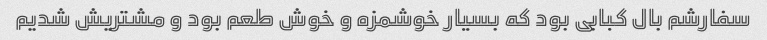
سفارشم بال کبابی بود که بسیار خوشمزه و خوش طعم بود و مشتریش شدیم